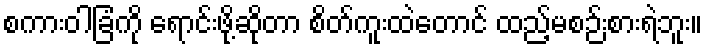
စကားဝါခြံကို ရောင်းဖို့ဆိုတာ စိတ်ကူးထဲတောင် ထည့်မစဉ်းစားရဲဘူး။